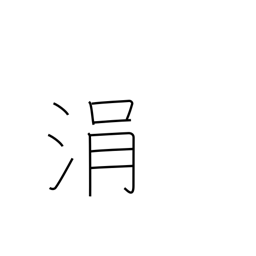
Meaning: drop